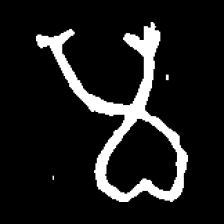
Pyu character \u2014 Myanmar letter: မ (romanized: ma)